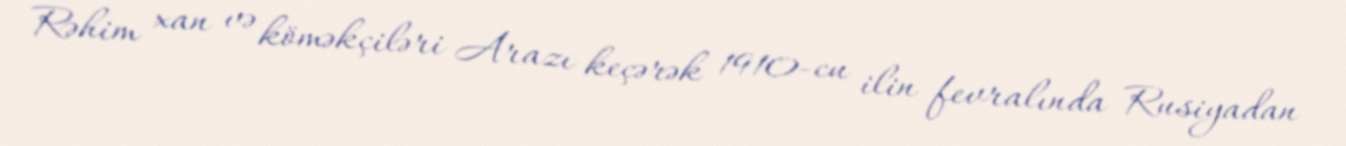
Rəhim xan və köməkçiləri Arazı keçərək 1910-cu ilin fevralında Rusiyadan